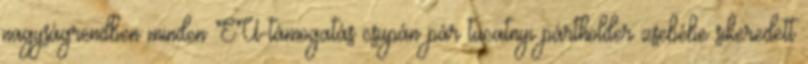
nagyságrendben minden EU-támogatás csupán pár tucatnyi pártholder zsebébe sikeredett